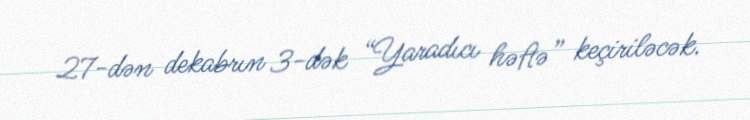
27-dən dekabrın 3-dək “Yaradıcı həftə” keçiriləcək.